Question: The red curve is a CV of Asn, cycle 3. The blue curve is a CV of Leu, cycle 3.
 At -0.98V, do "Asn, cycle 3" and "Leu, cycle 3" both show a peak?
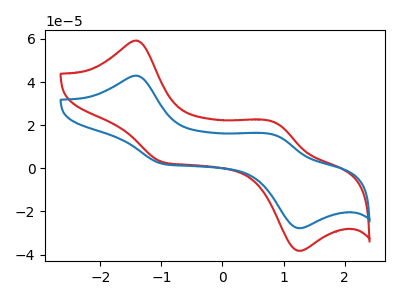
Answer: <think>The red curve "Asn, cycle 3" has anodic peaks at (-1.40V, 59.20uA) (0.85V, 21.25uA) and cathodic peaks at (-1.00V, 2.90uA) (1.25V, -38.25uA). The blue curve "Leu, cycle 3" has anodic peaks at (-1.40V, 42.95uA) (0.85V, 15.45uA) and cathodic peaks at (-1.00V, 2.10uA) (1.25V, -27.75uA).</think>
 <answer>Yes, "Asn, cycle 3" and "Leu, cycle 3" share a peak at -0.98V.</answer>
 <eval>match</eval>